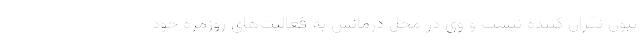
تبون نگران کننده نیست و وی در محل درمانش به فعالیت‌های روزمره خود